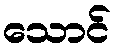
သောင်